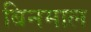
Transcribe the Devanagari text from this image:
बिनमाल